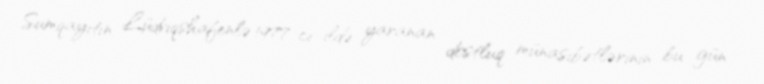
Sumqayıtın Lüdviqshafenlə 1977-ci ildə yaranan dostluq münasibətlərinin bu gün